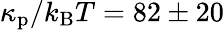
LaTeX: \kappa_{\mathrm{p}}/k_{\mathrm{B}}T=82\pm 20